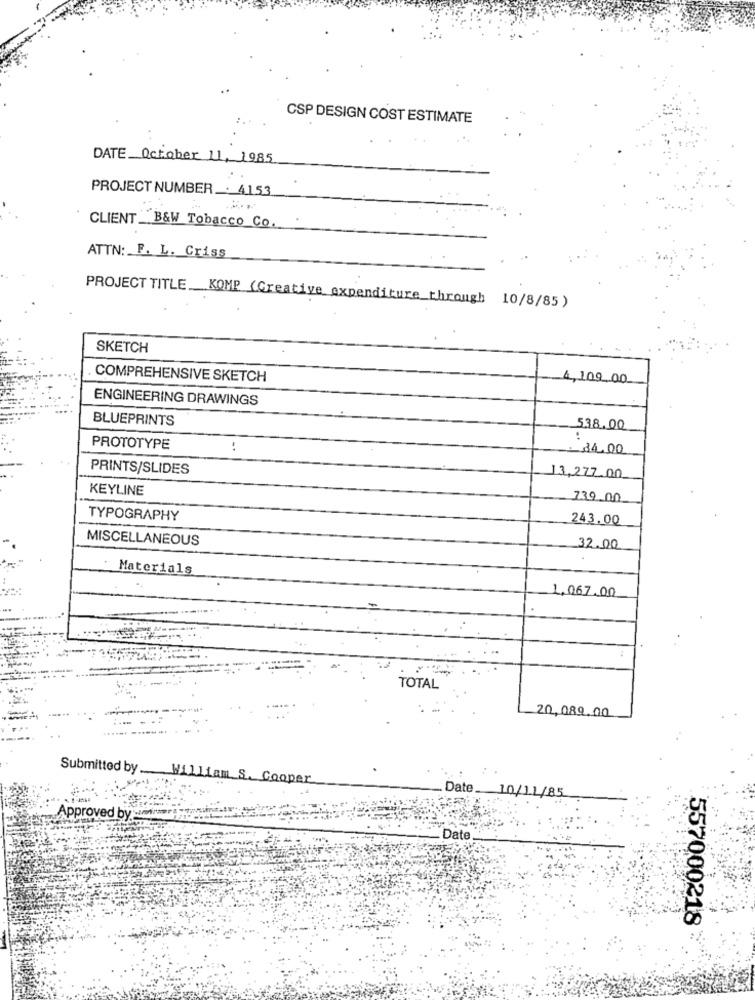
CSP DESIGN COST ESTIMATE
DATE October 1, 1985
PROJECT NUMBER _: 4153
CLIENT _B&W Tobacco Co.
ATTN: F. L. Criss
PROJECT TITLE KOMP (Creative expenditure through 10/8/85 )
SKETCH
COMPREHENSIVE SKETCH
4,100,00
ENGINEERING DRAWINGS
BLUEPRINTS
538.00
:
PROTOTYPE
34.00
PRINTS/SLIDES
13,227.00
KEYLINE
739.00
TYPOGRAPHY
243.00
MISCELLANEOUS
32.00
Materials
1,067.00
TOTAL
20,089.00
Submitted by William S. Cooper
Date
10/11/85
Approved by's
Date
557000218